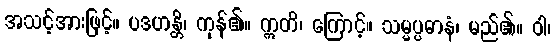
အသင့်အားဖြင့်။ ပဒဟန္တိ၊ ကုန်၏။ ဣတိ၊ ကြောင့်။ သမ္မပ္ပဓာနံ၊ မည်၏။ ဝါ၊